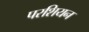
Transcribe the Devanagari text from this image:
परशियन